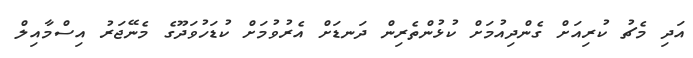
އަދި މެޗު ކުރިއަށް ގެންދިއުމަށް ކުޅުންތެރިން ދަނޑަށް އެރުވުމަށް ކުޑަހުވަދޫގެ މެނޭޖަރު އިސްމާއިލް